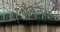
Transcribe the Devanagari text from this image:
सॅडनेस